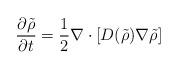
LaTeX: \begin{align*}\frac{\partial\tilde{\rho}}{\partial t}=\frac{1}{2}\nabla\cdot\left[D(\tilde{\rho})\nabla\tilde{\rho}\right]\end{align*}